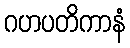
ဂဟပတိကာနံ